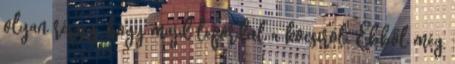
olyan részeg, hogy majd lefordul a kocsiról. Ebből még